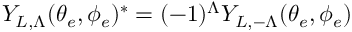
Y _ { L , \Lambda } ( \theta _ { e } , \phi _ { e } ) ^ { * } = ( - 1 ) ^ { \Lambda } Y _ { L , - \Lambda } ( \theta _ { e } , \phi _ { e } )